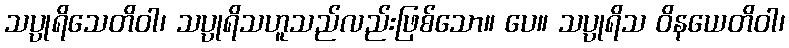
သပ္ပုရိသေတိဝါ၊ သပ္ပုရိသဟူသည်လည်းဖြစ်သော။ ပေ။ သပ္ပုရိသ ဝိနယေတိဝါ၊